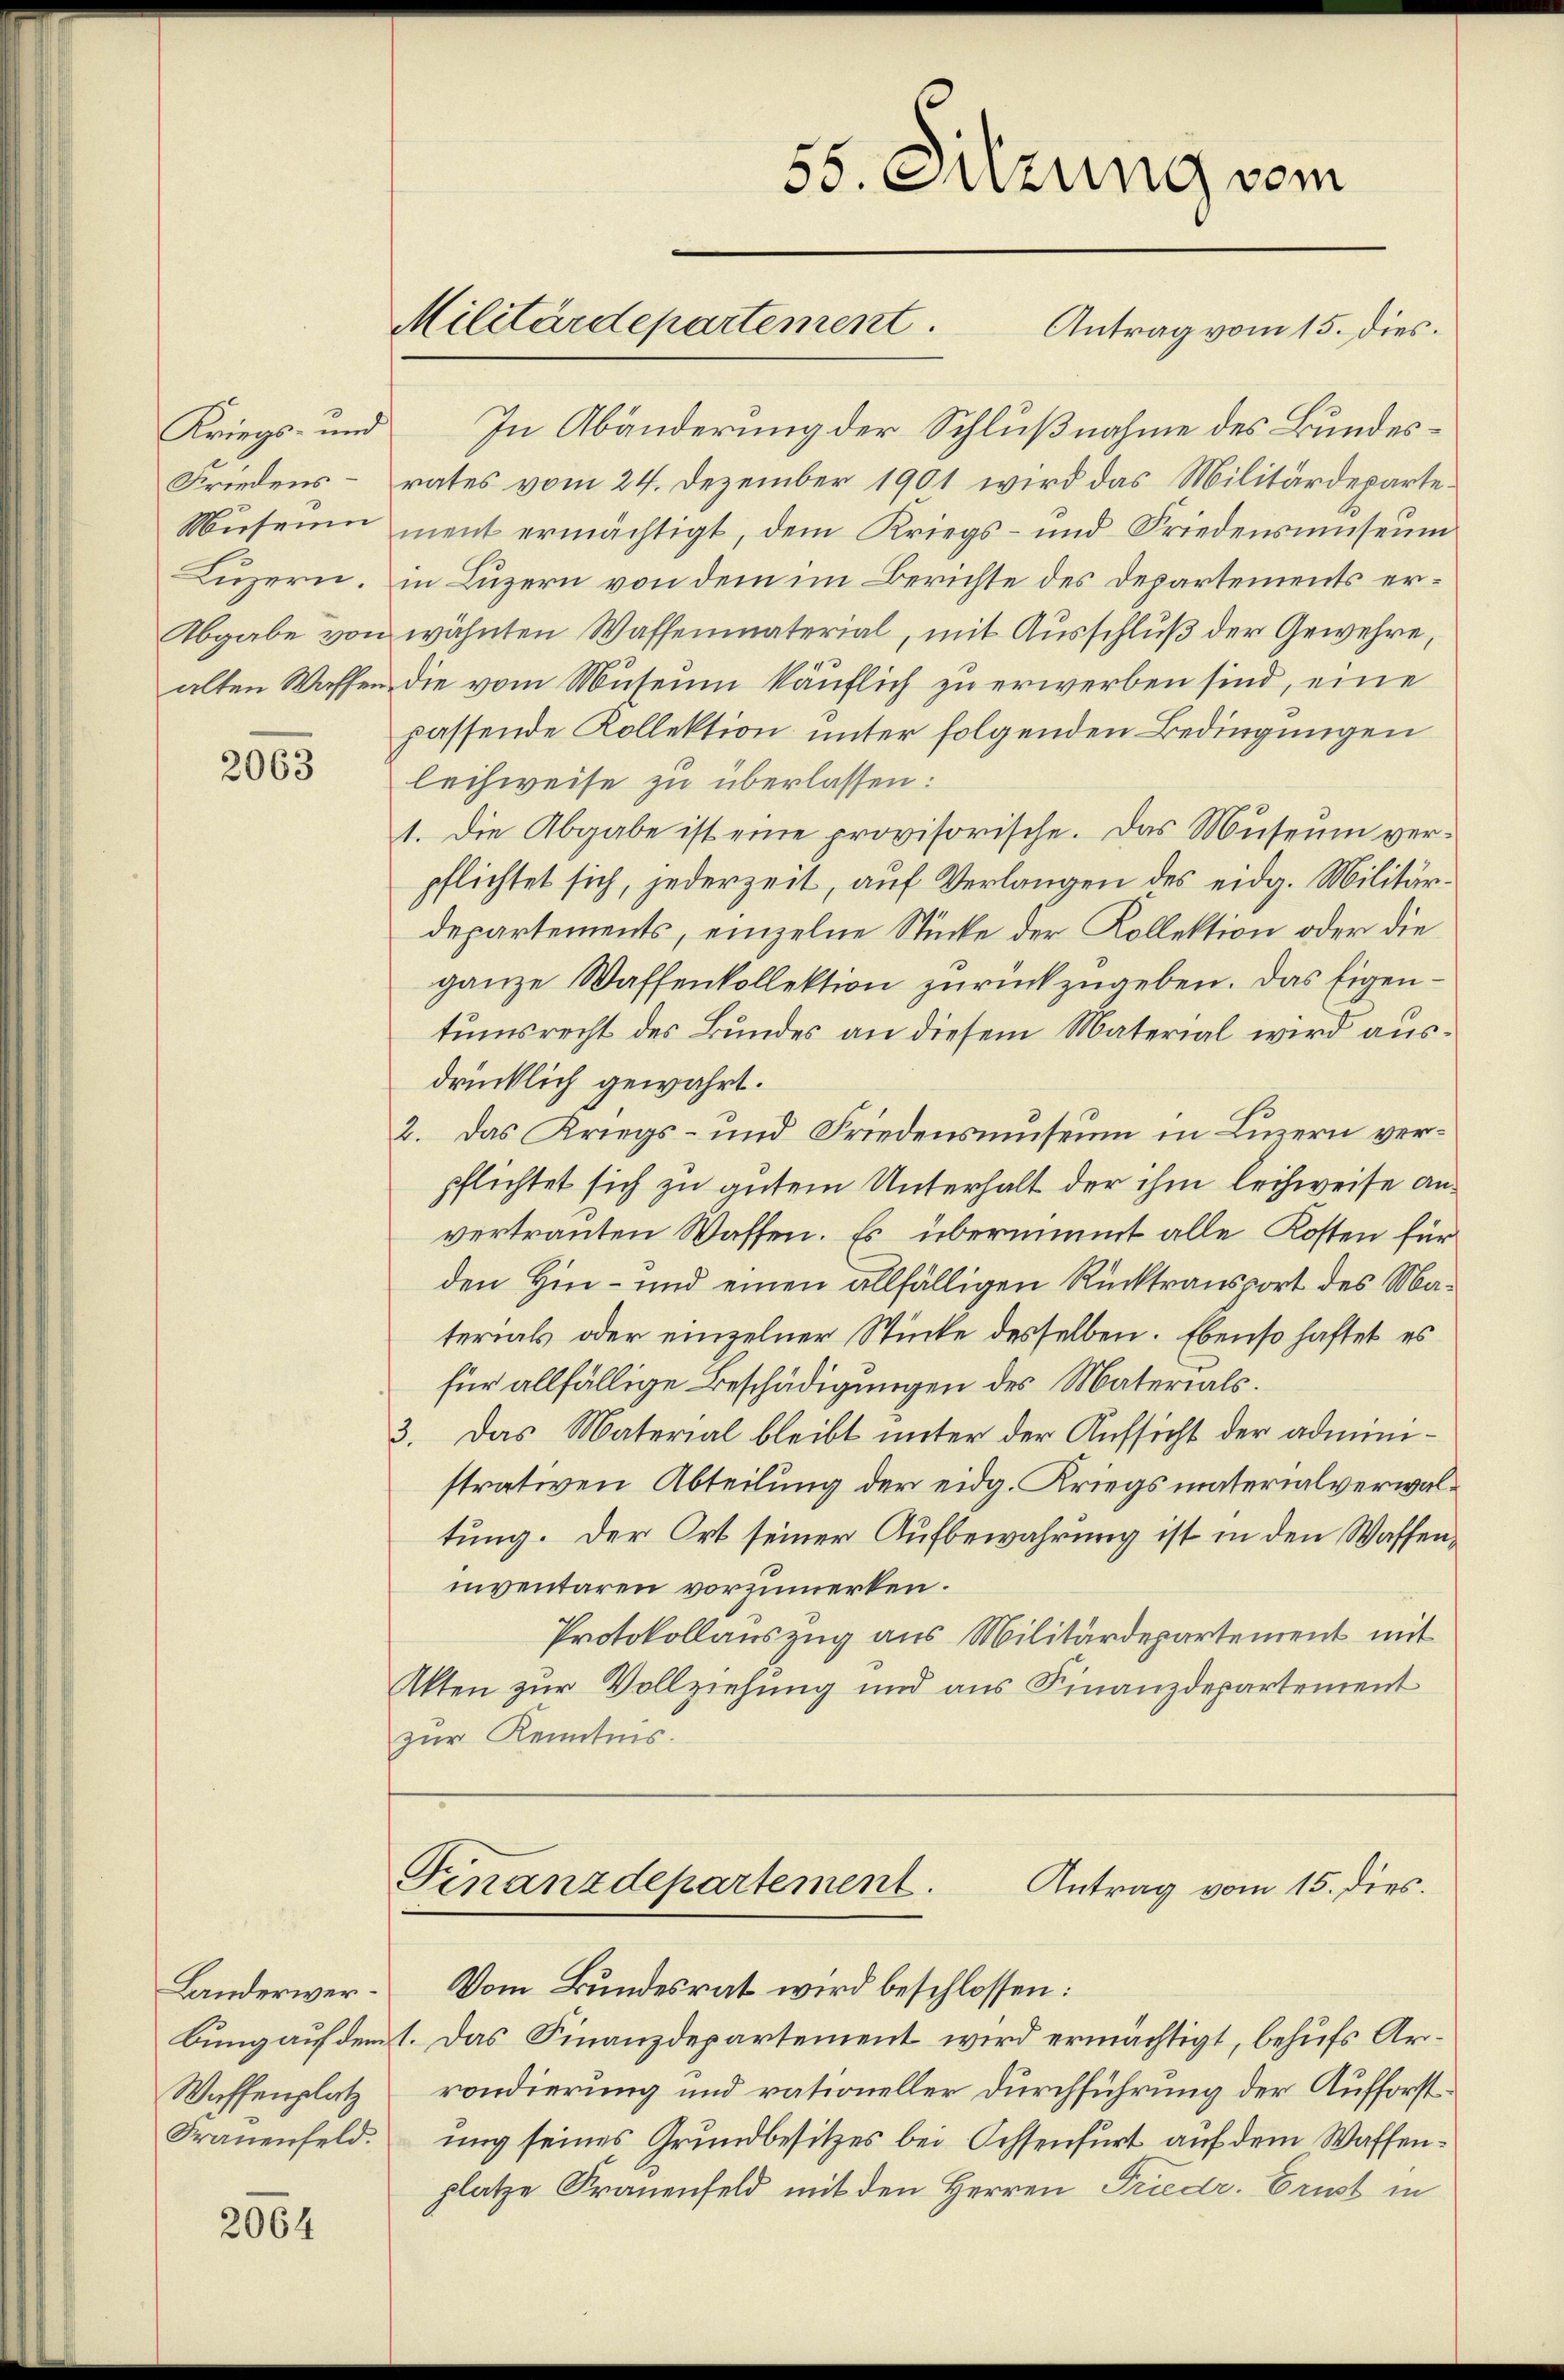
Friedens¬
Museum
Luzern.

2063

Landerwer¬
Waffenplatz
Frauenfeld.

2064

55. Suzung vom
Militärdepartement. Antrag vom 15. dies

Kriegs- und In Abänderung der Schlußnahme des Bundesrates vom 24. Dezember 1901 wird das Militärdepartement ermächtigt, dem Kriegs- und Friedensŭseŭm
in Luzern von dem im Berichte des Departements er¬
Abgabe von wähnten Waffenmaterial, mit Ausschluß der Gewehre,
alten Wassen die vom Museum käuflich zu erwerben sind, eine
passende Kollektion unter folgenden Bedingungen
leihweise zu überlassen:
1. die Abgabe ist eine provisorische. Das Museum ver-
pflichtet sich, jederzeit, auf Verlangen des eidg. Militärdepartements, einzelne Stücke der Kollektion oder die
ganze Waffenkollektion zurückzugeben. Das Eigentumsrecht des Bundes an diesem Material wird ausdrücklich gewährt.
2. Das Kriegs- und Friedensmuseum in Luzern verpflichtet sich zu gutem Unterhalt der ihm leihweise anvertrauten Waffen. Es übernimmt alle Kosten für
den Hin- und einen allfälligen Rücktransport des Materials oder einzelner Stücke desselben. Ebenso haftet es
für allfällige Beschädigungen des Materials.
3. Das Material bleibt unter der Aufsicht der administrativen Abteilung der eidg. Kriegsmaterialverwaltung. Der Ort seiner Aufbewahrung ist in den Waffennventaren vorzumerken.
Protokollauszug aus Militärdepartement mit
Akten zur Vollziehung und aus Finanzdepartement
zur Kenntnis.

Finanzdepartement.
Antrag vom 15. dies.

Vom Bundesrat wird beschlossen:
bung auf dem 1. Das Finanzdepartement wird ermächtigt, behufs Arrondierung und rationeller Durchführung der Aufforstung seines Grundbesitzes bei Ochsenfurt auf dem Waffenplatze Trauenfeld mit den Herren Friedr. Ernst in